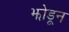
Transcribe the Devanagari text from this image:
झोडून